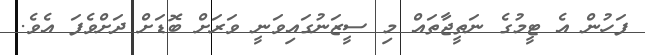
ފަހުން އެ ޓީމުގެ ނަތީޖާތައް މި ސީޒަނުގައިވަނީ ވަރަށް ބޮޑަށް ދަށްވެފަ އެވެ.